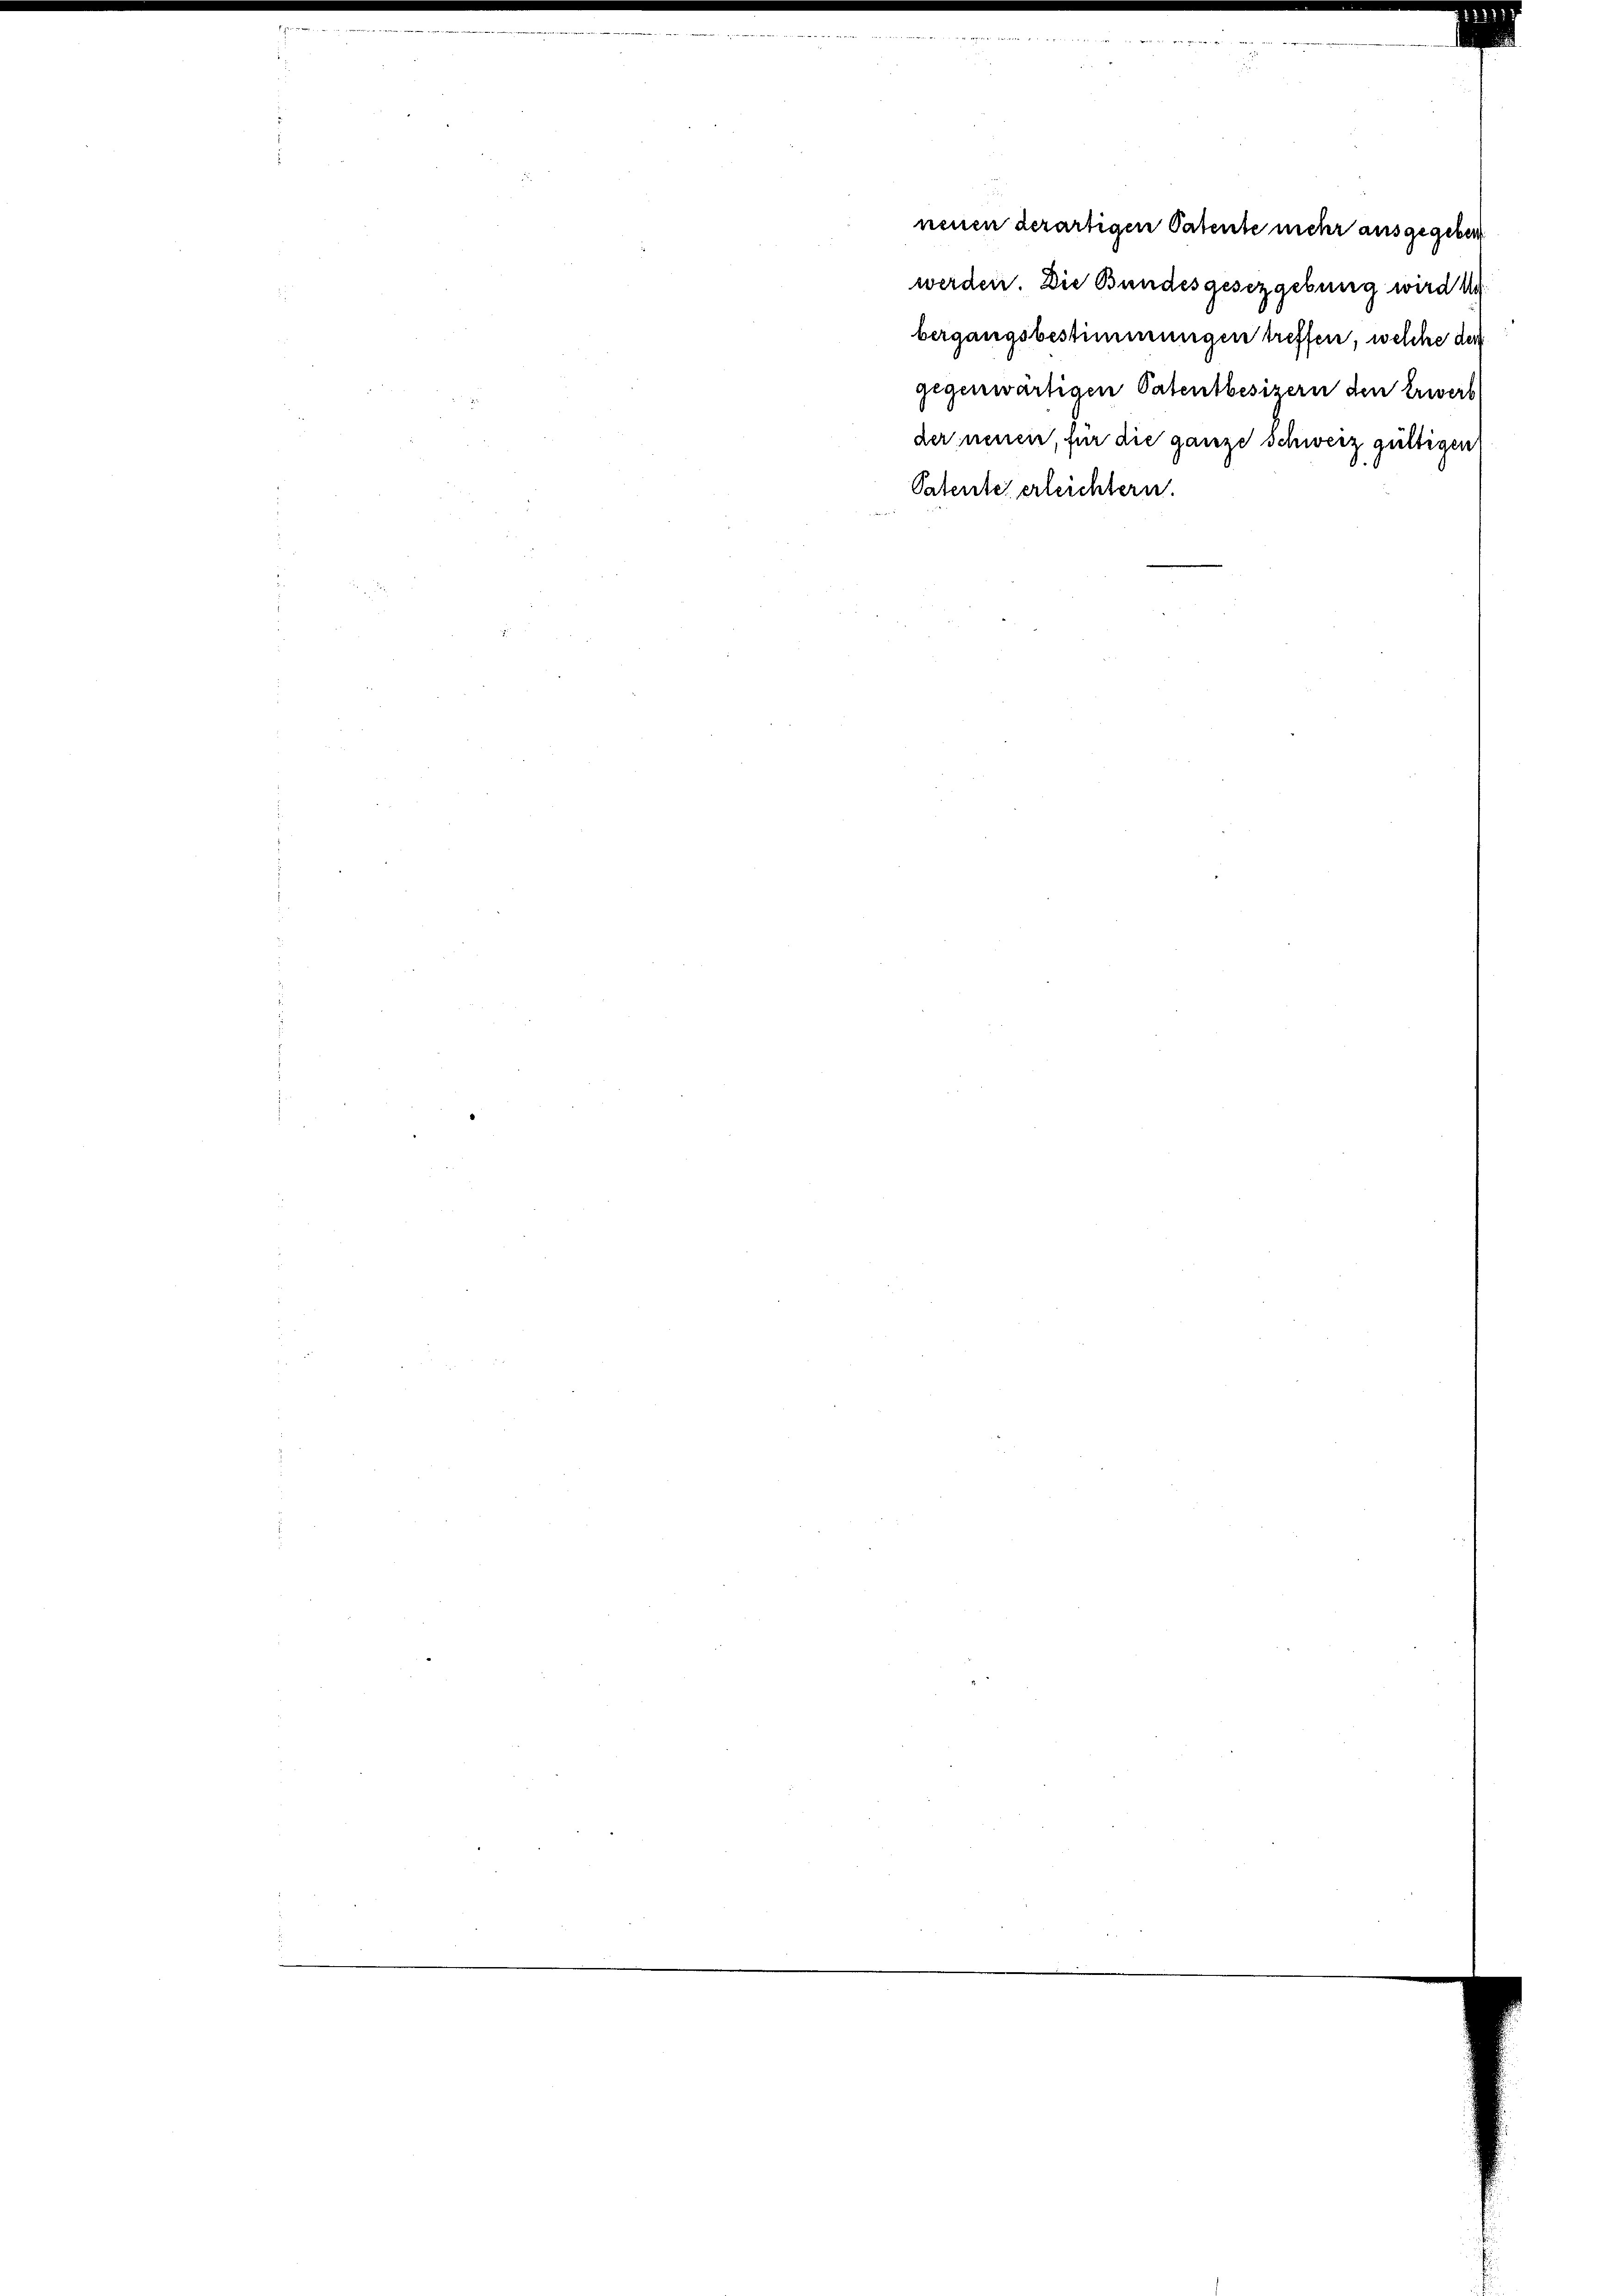
werden. Die Bundesgesezgebung wird
bergangsbestimmungen treffen, welche der
gegenwärtigen Patentbesizern den Erwerb
der neuen, für die ganze Schweiz gültigen
Patente erleichtern.

neuen derartigen Patente mehr ausgegeben